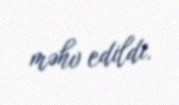
məhv edildi.